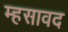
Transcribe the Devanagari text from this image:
म्हसावद